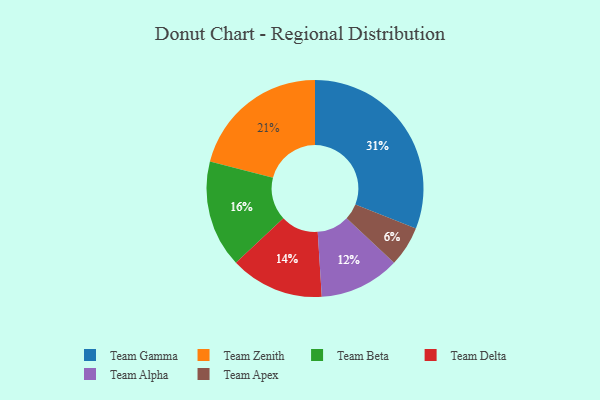
{"axis": {"x": "Category", "y": "Percentage"}, "legend": ["Team Alpha", "Team Apex", "Team Beta", "Team Delta", "Team Gamma", "Team Zenith"], "data": [{"x": "Team Gamma", "y": 31, "type": "Team Gamma"}, {"x": "Team Beta", "y": 16, "type": "Team Beta"}, {"x": "Team Zenith", "y": 21, "type": "Team Zenith"}, {"x": "Team Apex", "y": 6, "type": "Team Apex"}, {"x": "Team Delta", "y": 14, "type": "Team Delta"}, {"x": "Team Alpha", "y": 12, "type": "Team Alpha"}]}